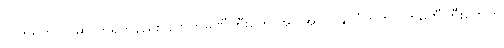
လက်ရှိကာလမှာ တရုတ်နည်းပညာကုမ္ပဏီကြီးတွေ အပါအဝင် နိုင်ငံတကာ ကုမ္ပဏီကြီးတွေက